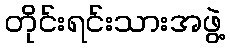
တိုင်းရင်းသားအဖွဲ့